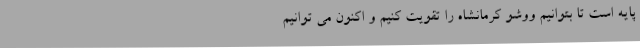
پایه است تا بتوانیم ووشو کرمانشاه را تقویت کنیم و اکنون می توانیم